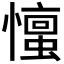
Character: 𪬹